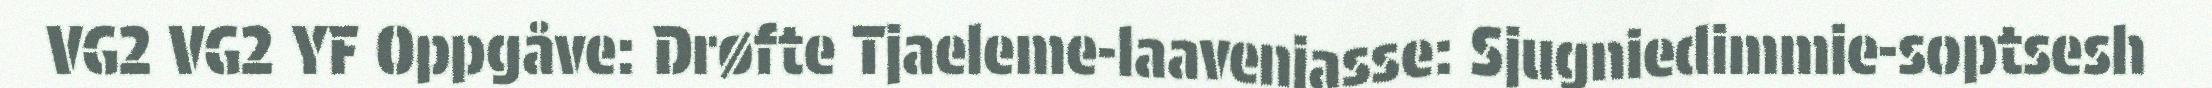
VG2 VG2 YF Oppgåve: Drøfte Tjaeleme-laavenjasse: Sjugniedimmie-soptsesh